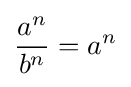
{\frac {a^{n}}{b^{n}}}=a^{n}